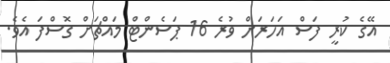
އޭގެ ކުރީ ފަސް އަހަރަށް ވުރެ 16 ޕަސެންޓް މައްޗަށް ގޮސްފަ އެވެ.